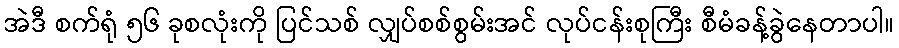
အဲဒီ စက်ရုံ ၅၆ ခုစလုံးကို ပြင်သစ် လျှပ်စစ်စွမ်းအင် လုပ်ငန်းစုကြီး စီမံခန့်ခွဲနေတာပါ။